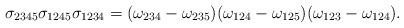
LaTeX: \begin{align*}\sigma_{2345}\sigma_{1245}\sigma_{1234} = (\omega_{234}-\omega_{235})(\omega_{124}-\omega_{125})(\omega_{123}-\omega_{124}).\end{align*}